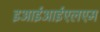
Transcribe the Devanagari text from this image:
इआईआईएलएम